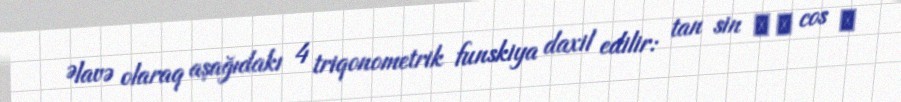
Əlavə olaraq aşağıdakı 4 triqonometrik funskiya daxil edilir: tan sin ⁡ α cos ⁡